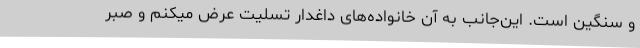
و سنگین است. این‌جانب به آن خانواده‌های داغدار تسلیت عرض میکنم و صبر